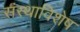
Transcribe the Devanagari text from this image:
संस्थाविशेष